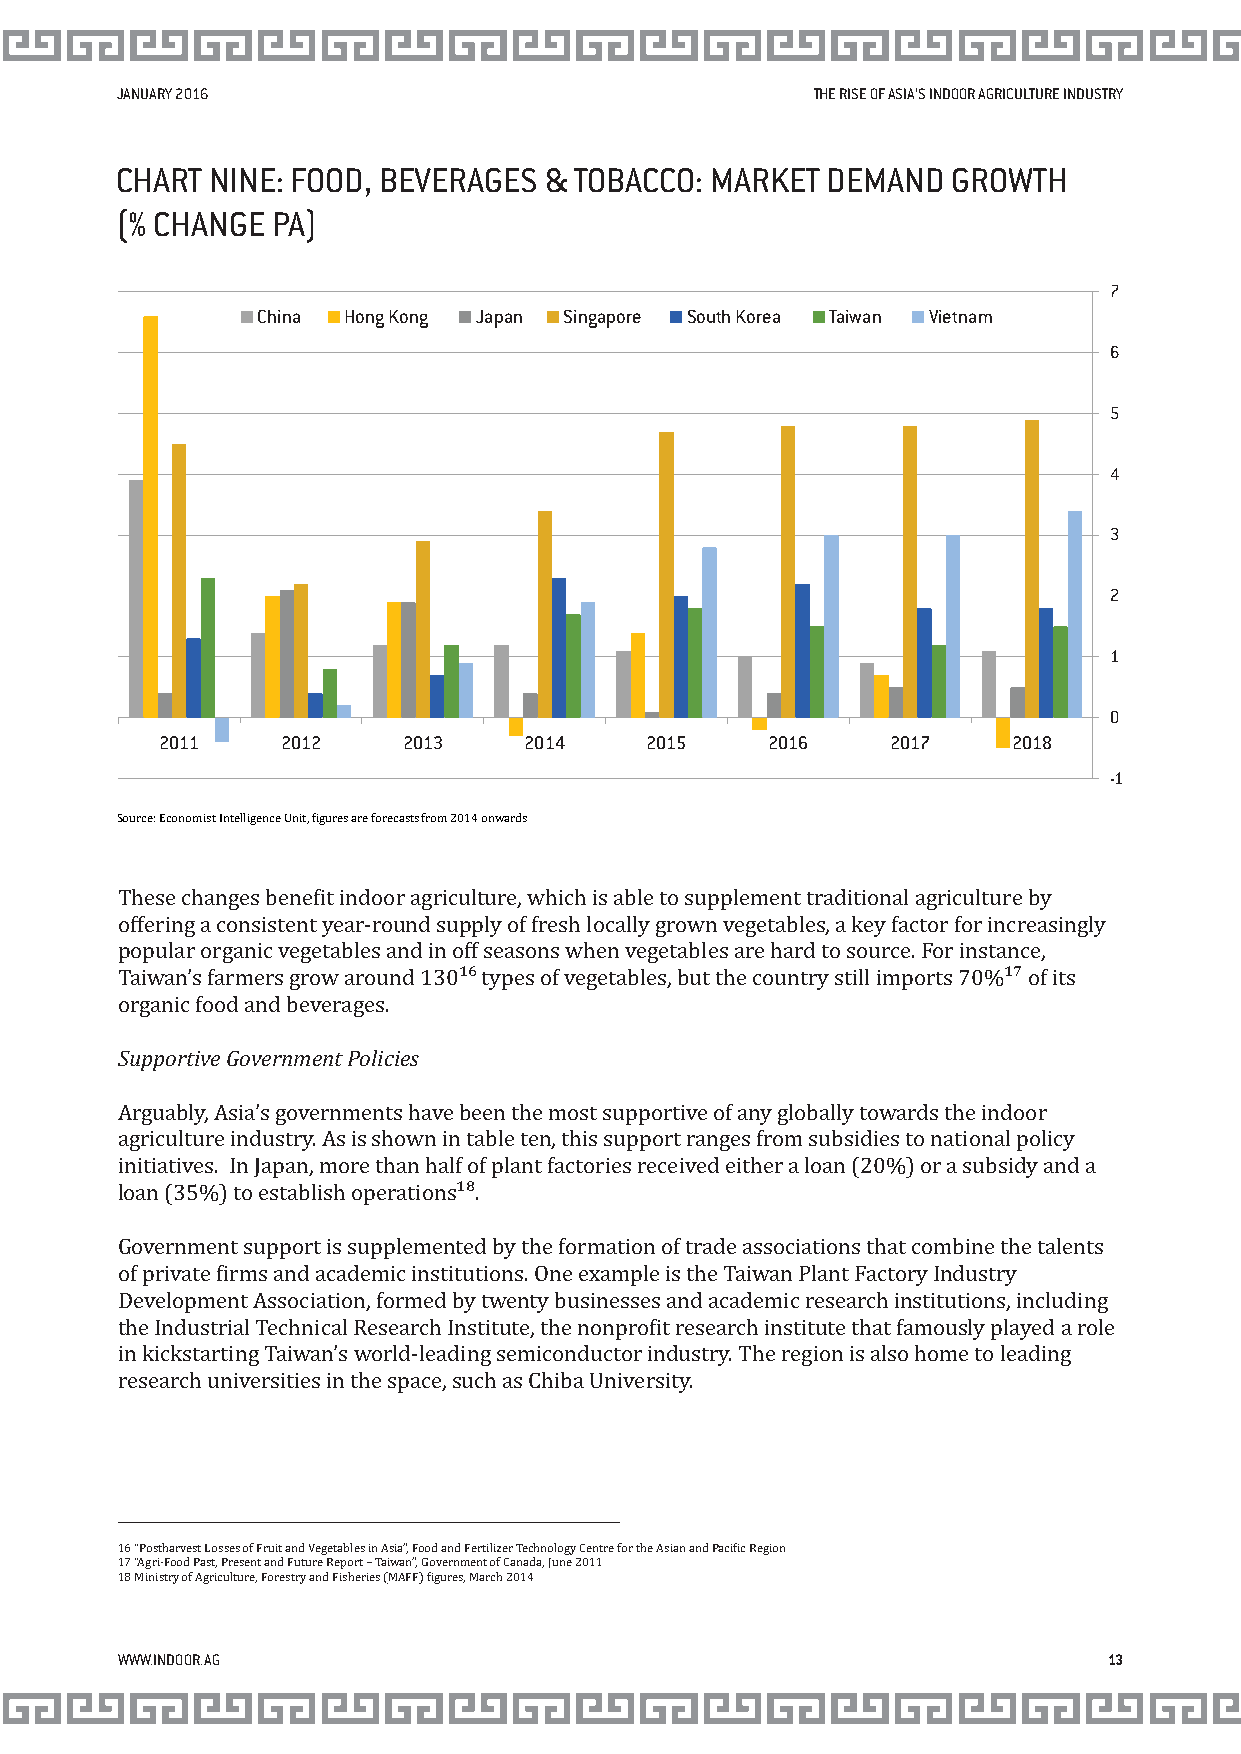
JANUARY 2016                                  THE RISE OF ASIA’S INDOOR AGRICULTURE INDUSTRY
 CHART NINE: FOOD, BEVERAGES & TOBACCO: MARKET  DEMAND  GROWTH
 (% CHANGE PA)
 7
 China Hong Kong Japan Singapore South Korea Taiwan Vietnam
 6
 5
 4
 3
 2
 1
 0
 2011    2012    2013    2014    2015    2016    2017    2018
 -1
 Source: Economist Intelligence Unit, igures are forecasts from 2014 onwards
 These changes beneit indoor agriculture, which is able to supplement traditional agriculture by
 offering a consistent year-round supply of fresh locally grown vegetables, a key factor for increasingly
 popular organic vegetables and in off seasons when vegetables are hard to source. For instance,
 Taiwan’s farmers grow around 130¹⁶ types of vegetables, but the country still imports 70%¹⁷ of its
 organic food and beverages.
 Supportive Government Policies
 Arguably, Asia’s governments have been the most supportive of any globally towards the indoor
 agriculture industry. As is shown in table ten, this support ranges from subsidies to national policy
 initiatives. In Japan, more than half of plant factories received either a loan (20%) or a subsidy and a
 loan (35%) to establish operations¹⁸.
 Government support is supplemented by the formation of trade associations that combine the talents
 of private irms and academic institutions. One example is the Taiwan Plant Factory Industry
 Development Association, formed by twenty businesses and academic research institutions, including
 the Industrial Technical Research Institute, the nonproit research institute that famously played a role
 in kickstarting Taiwan’s world-leading semiconductor industry. The region is also home to leading
 research universities in the space, such as Chiba University.
 16 “Postharvest Losses of Fruit and Vegetables in Asia”, Food and Fertilizer Technology Centre for the Asian and Paciic Region
 17 “Agri-Food Past, Present and Future Report – Taiwan”, Government of Canada, June 2011
 18 Ministry of Agriculture, Forestry and Fisheries (MAFF) igures, March 2014
 WWW.INDOOR.AG                                                    13